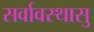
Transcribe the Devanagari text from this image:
सर्वावस्थासु